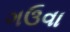
ગઉવા